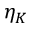
\eta _ { K }